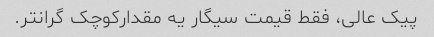
پیک عالی، فقط قیمت سیگار یه مقدارکوچک گرانتر.